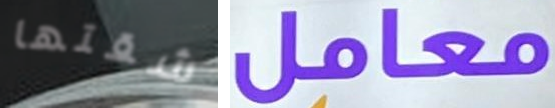
شقتها معامل